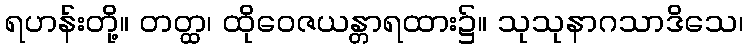
ရဟန်းတို့။ တတ္ထ၊ ထိုဝေဇယန္တာရထား၌။ သုသုနာဂသာဒိသေ၊